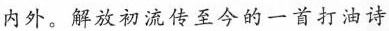
内外。解放初流传至今的一首打油诗